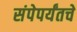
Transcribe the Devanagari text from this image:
संपेपर्यंतचे